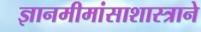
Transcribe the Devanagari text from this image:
ज्ञानमीमांसाशास्त्राने